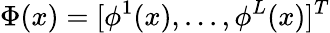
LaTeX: \Phi(x)=[\phi^{1}(x),...,\phi^{L}(x)]^{T}